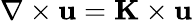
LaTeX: \nabla\times\mathbf{u}=\mathbf{K}\times\mathbf{u}